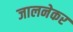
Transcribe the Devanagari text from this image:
जालनेकर